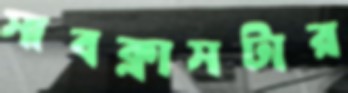
সাবক্লাসটার